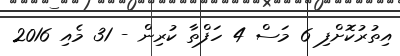
އިތުރުކޮށްފި 6 މަސް 4 ހަފްތާ ކުރިން - 31 މެއި 2016